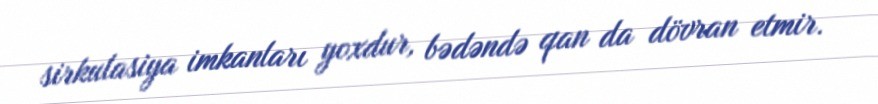
sirkulasiya imkanları yoxdur, bədəndə qan da dövran etmir.